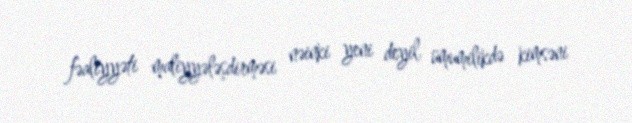
fəaliyyəti maliyyələşdirməsi nəinki yeni deyil, ümumilikdə kimsəni